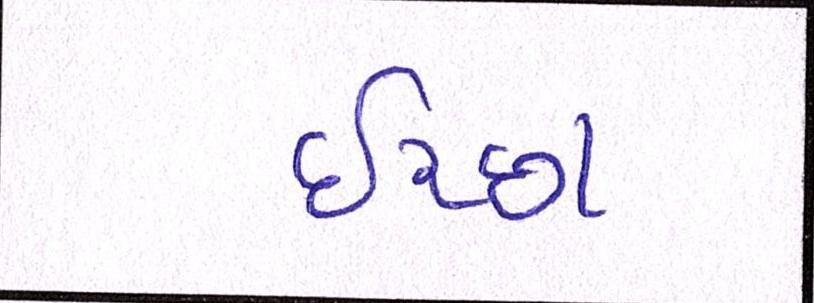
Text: ઈચ્છા